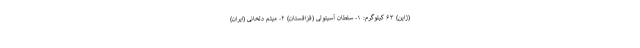
(ژاپن) ۶۳ کیلوگرم: ۱- سلطان آسیتولی (قزاقستان) ۲- میثم دلخانی (ایران)